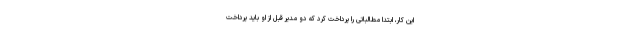
این کار، ابتدا مطالباتی را پرداخت کرد که دو مدیر قبل از او باید پرداخت